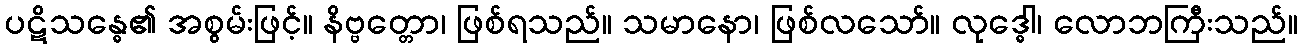
ပဋိသန္ဓေ၏ အစွမ်းဖြင့်။ နိဗ္ဗတ္တော၊ ဖြစ်ရသည်။ သမာနော၊ ဖြစ်လသော်။ လုဒ္ဓေါ၊ လောဘကြီးသည်။